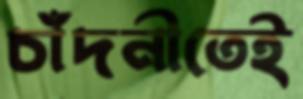
চাঁদনীতেই